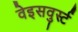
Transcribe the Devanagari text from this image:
वेइसवुर्स्ट